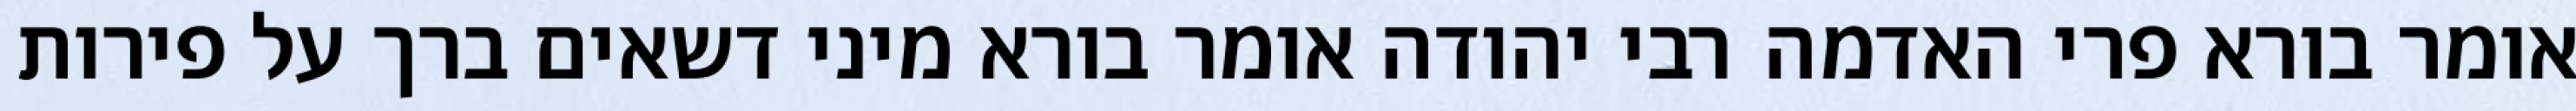
אומר בורא פרי האדמה רבי יהודה אומר בורא מיני דשאים ברך על פירות